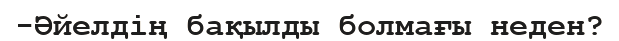
-Әйелдің бақылды болмағы неден?